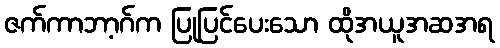
ဇက်ကာဘာ့ဂ်က ပြုပြင်ပေးသော ထိုအယူအဆအရ